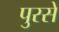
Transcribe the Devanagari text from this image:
पुरसे